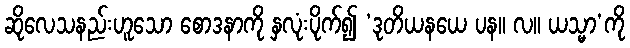
ဆိုလေသနည်းဟူသော စောဒနာကို နှလုံးပိုက်၍ ‘ဒုတိယနယေ ပန။ လ။ ယသ္မာ’ကို